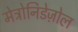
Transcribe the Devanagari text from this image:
मेट्रोनिडेज़ोल